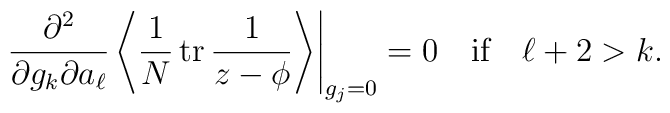
\left.\frac{\partial^2}{\partial g_k \partial a_\ell}\left\langle \frac1N\,{\rm tr}\,\frac{1}{z-\phi}\right\rangle\right|_{g_j=0}=0  \ \ \mbox{ if }\ \  \ell +2 > k.